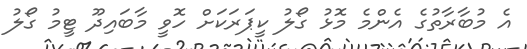
އެ މުބާރާތުގެ އެންމެ މޮޅު ގޯލު ކީޕަރަކަށް ހޮވީ މާބައިދޫ ޓީމު ގޯލު